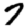
Digit: 7